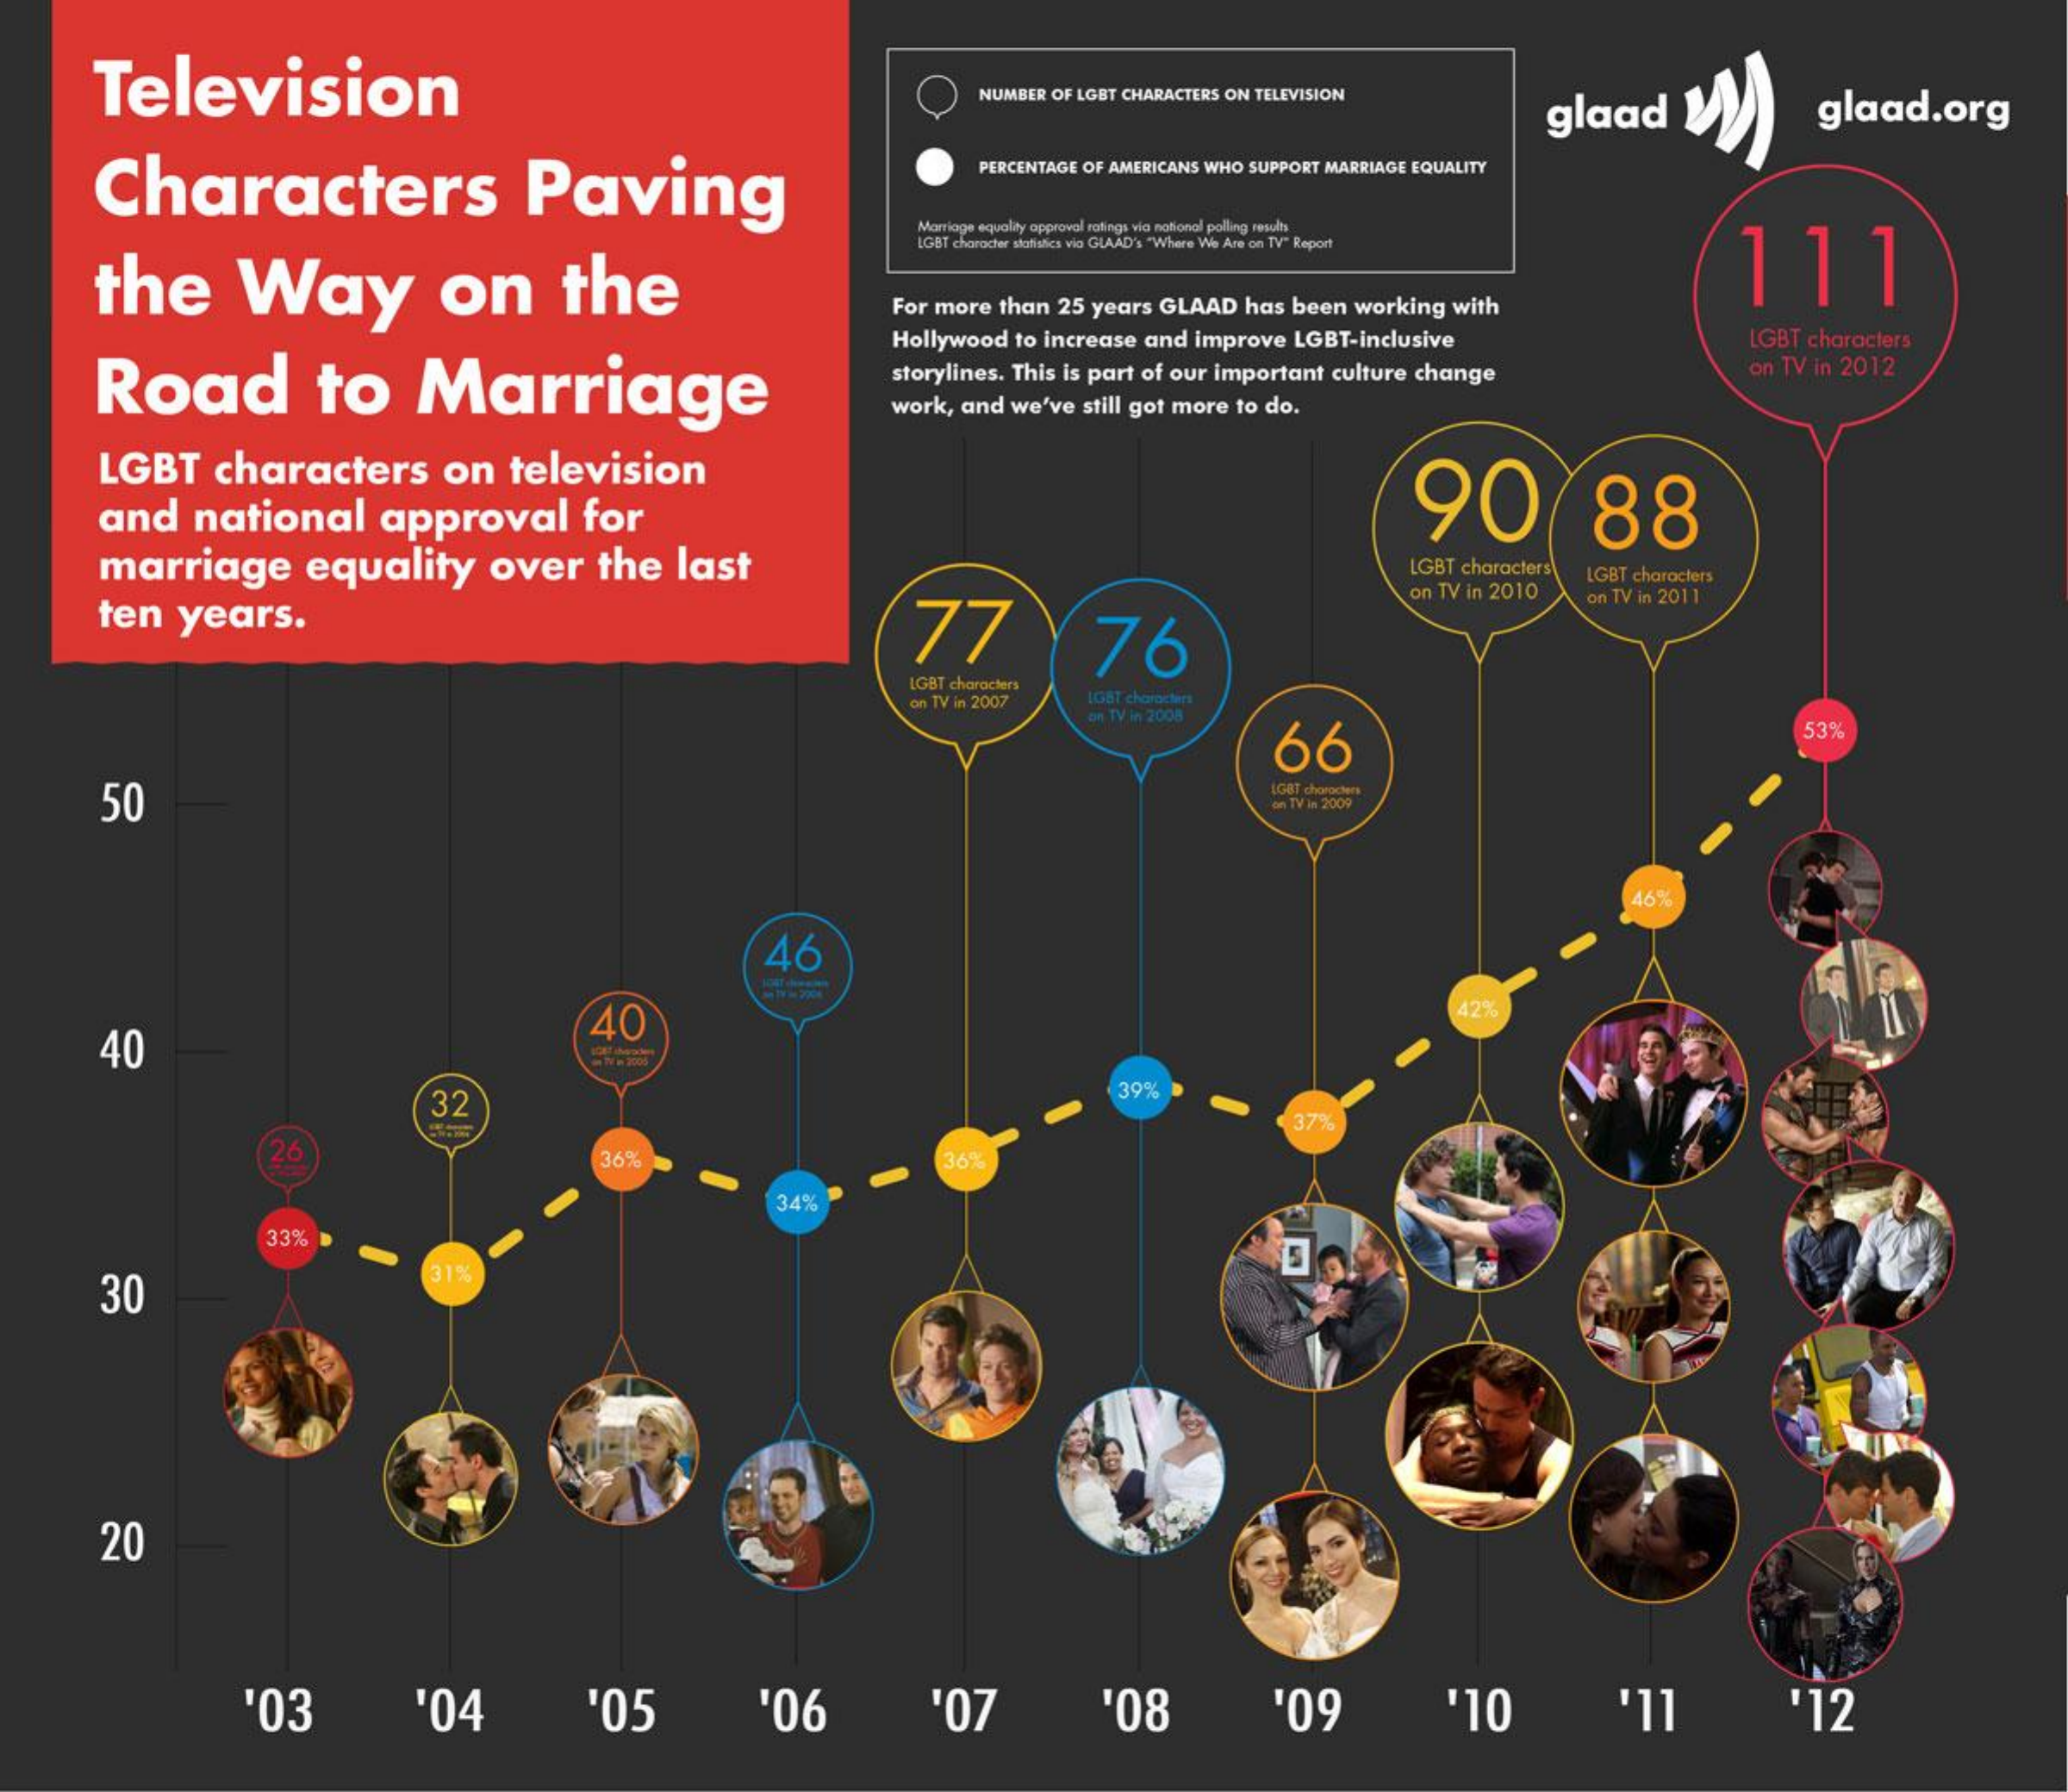
Television    NUMBER OF LGBT CHARACTERS ON TELEVISION
     glaad  W))    glaad.org
     Characters    Paving
     PERCENTAGE OF AMERICANS WHO SUPPORT MARRIAGE EQUALITY
     Marriage equality approval ratings wia national poling results.
     the    Way    on    the
     LGBT choroder slefishies vie GLAAD's "Where We Are on TV" Report
     111
     For more than 25 years GLAAD has been working with
     Road    to    Marriage
     Hollywood to increase and improve LGBT-inclusive  GBT characters
     storylines. This is part of our important culture change on TV in 2012
     work, and we've still got more to do.
     LGBT  characters    on television
     and  national   approval    for    90    88
     marriage    equality  over   the last    LGBT characters LGBT characters
     ten years.    77    76
     on TV in 2010 on TV in 2011
     LGBT characters
     on TV in 2007 LGBT characters
     DR TV IN 2008
     66
     53%
     50    LGBT chorpesans
     on TV IN 2009
     467
     46
     40
     40
     32
     39%
     379
     26    36%
     34º
     33%
     30
     20
     '03    '04    '05    '06    '07    '08    '09    '10    '11    '12